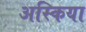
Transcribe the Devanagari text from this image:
अस्किया